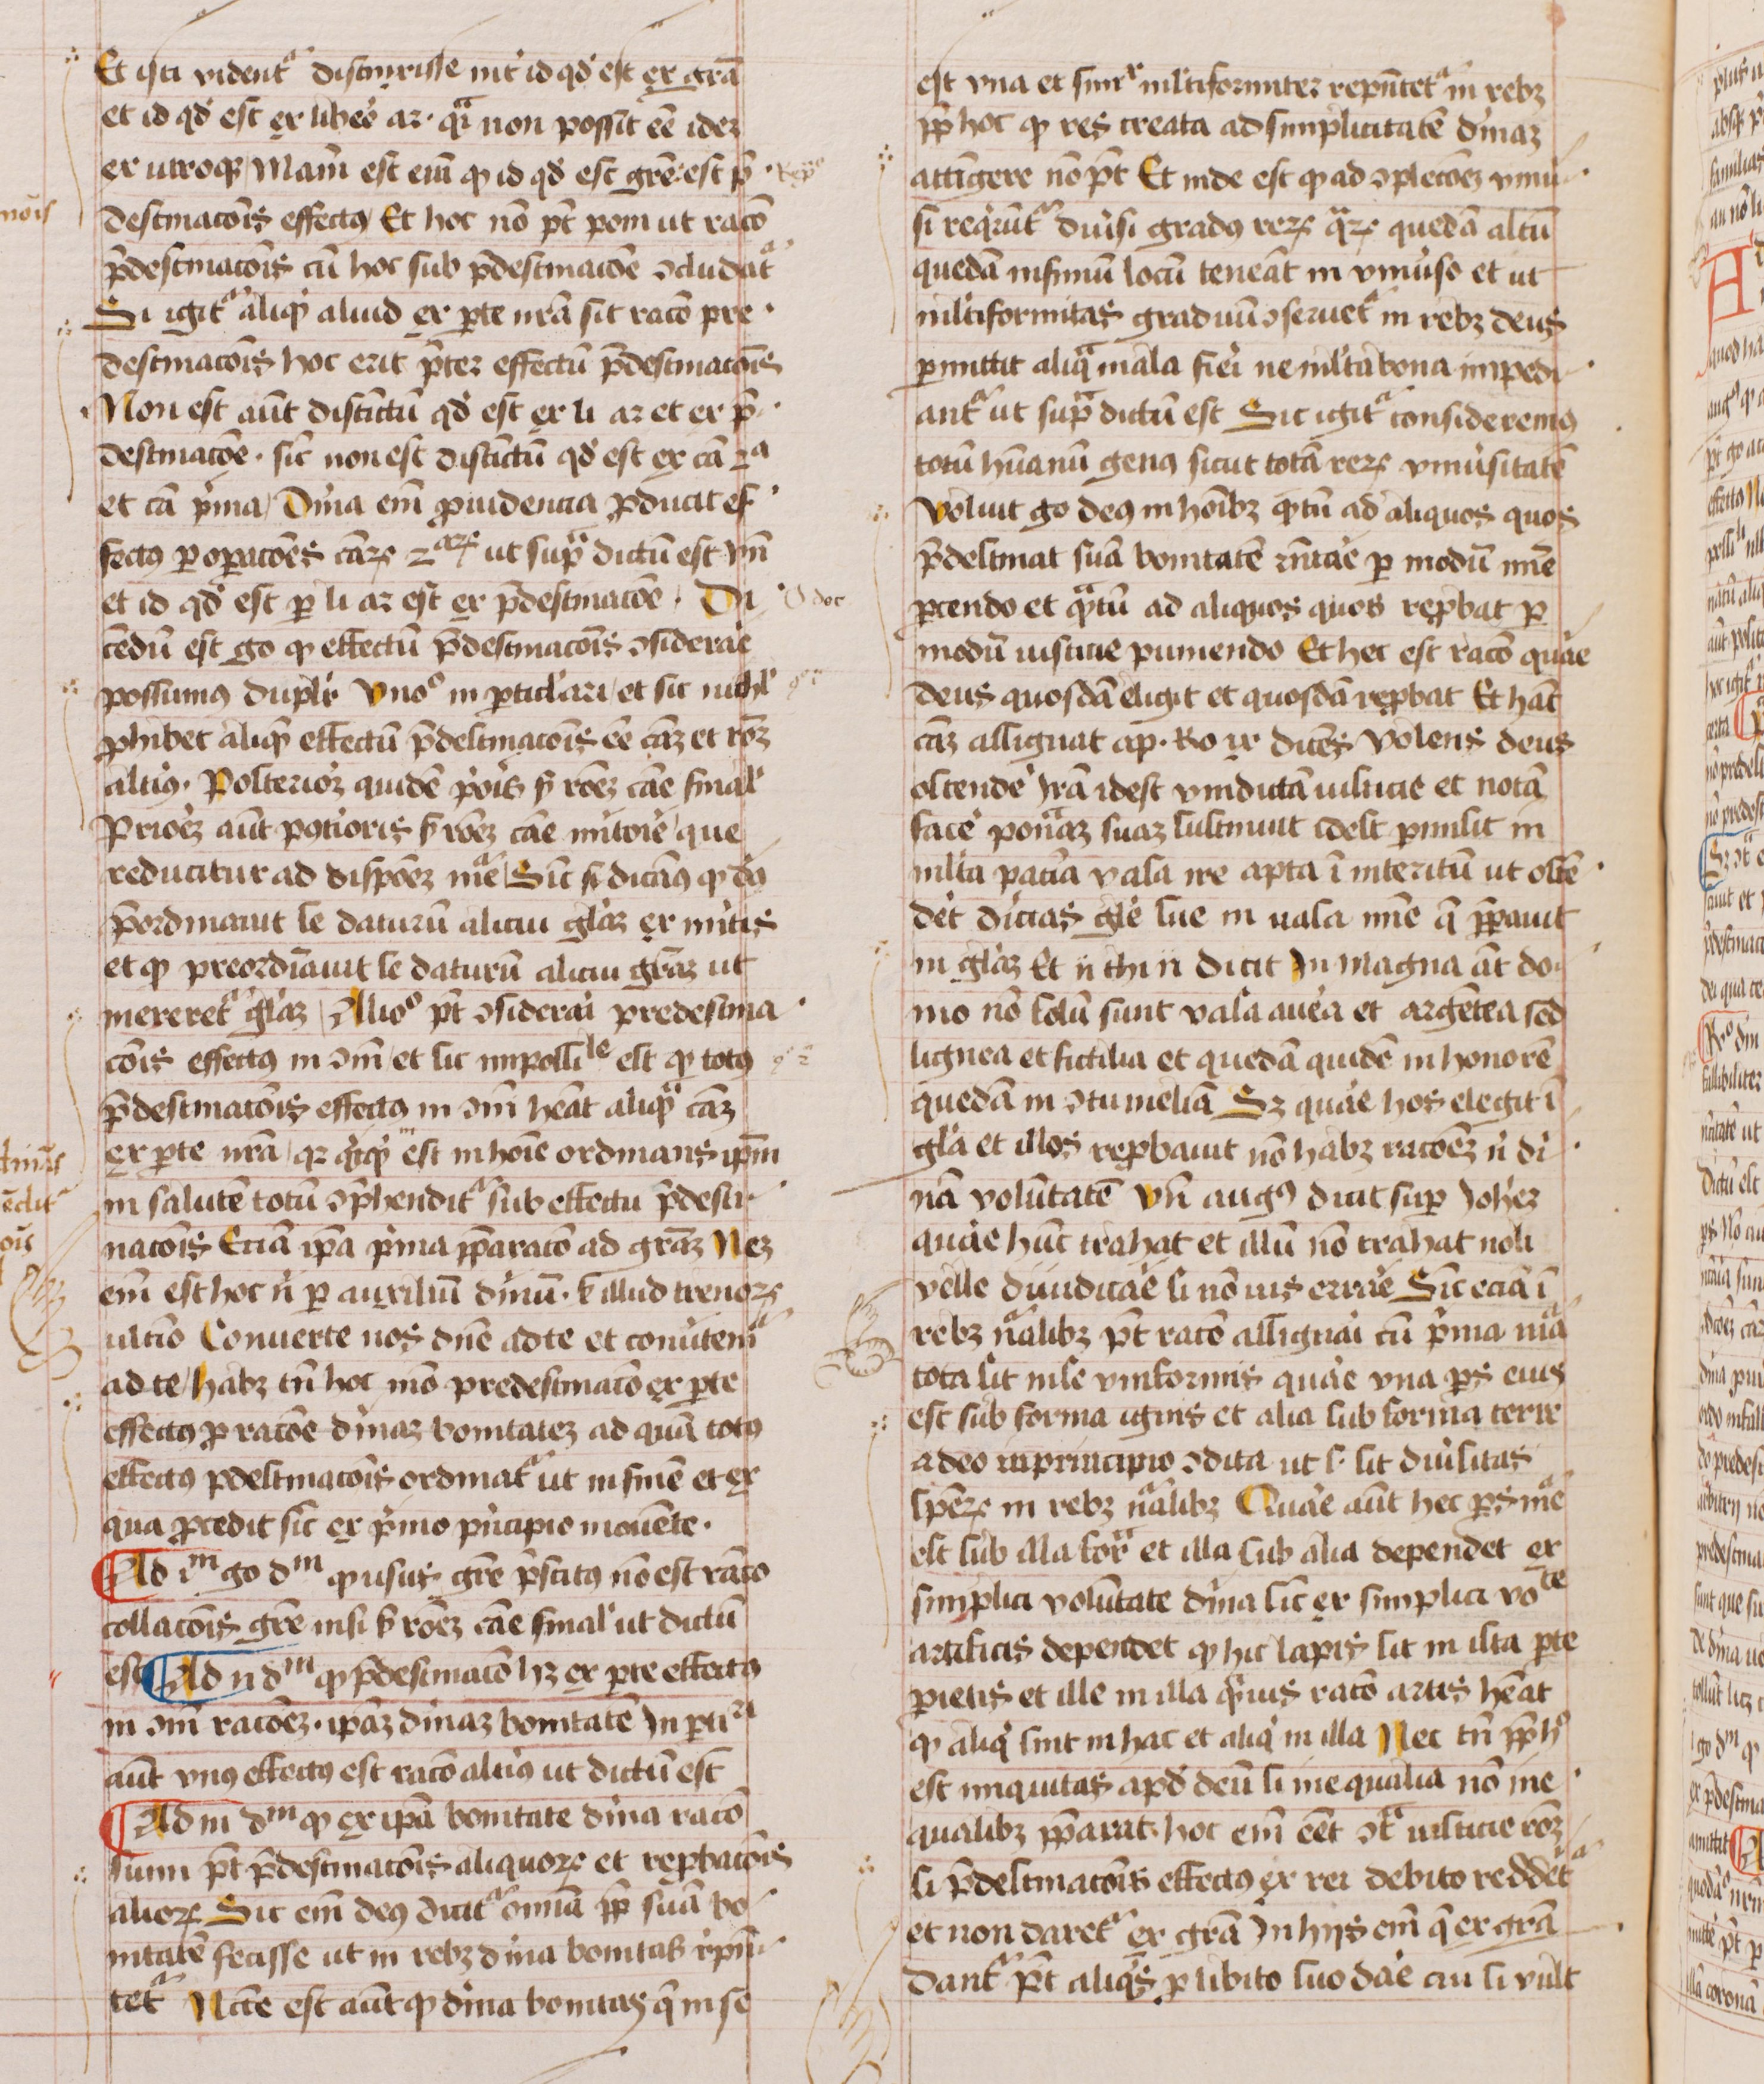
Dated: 1450–1474